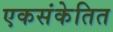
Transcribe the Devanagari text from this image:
एकसंकेतित